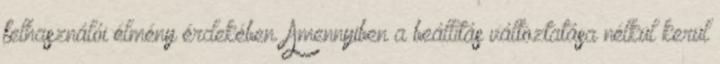
felhasználói élmény érdekében. Amennyiben a beállítás változtatása nélkül kerül